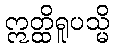
ဣတ္ထိရူပသ္မိ